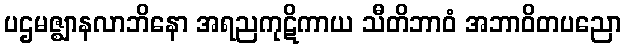
ပဌမဇ္ဈာနလာဘိနော အရညကုဋိကာယ သီတိဘာဝံ အဘာဝိတပညော